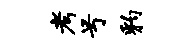
考号豹